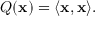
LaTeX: Q ( \mathbf { x } ) = \langle \mathbf { x } , \mathbf { x } \rangle .